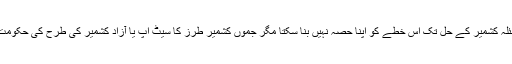
یہ درست ہے کہ پاکستان مسئلہ کشمیر کے حل تک اس خطے کو اپنا حصہ نہیں بنا سکتا مگر جموں کشمیر طرز کا سیٹ اپ یا آزاد کشمیر کی طرح کی حکومت کیلئے کو نسا امر مانع تھا؟